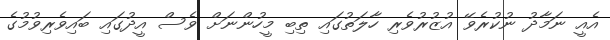
އެއީ ނަމާދު ނުކުރެވޭ އުޒުރުވެރި ހާލަތުގައި ތިބި މީހުންނަށް ވެސް އީދުގައި ބައިވެރިވުމުގެ